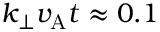
k _ { \perp } v _ { \mathrm { A } } t \approx 0 . 1